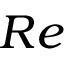
R e